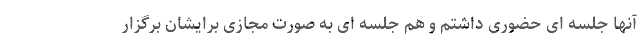
آنها جلسه ای حضوری داشتم و هم جلسه ای به صورت مجازی برایشان برگزار